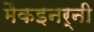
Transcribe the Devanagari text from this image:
मैकइनर्नी